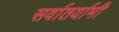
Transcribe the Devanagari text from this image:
सर्वातर्यामी